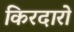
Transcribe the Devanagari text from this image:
किरदारो